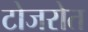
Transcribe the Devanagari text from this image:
टोजरोत